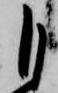
自